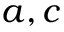
a , c